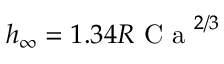
h _ { \infty } = 1 . 3 4 R \mathrm { ~ C ~ a ~ } ^ { 2 / 3 }